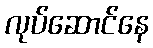
လုပ်ဆောင်နေ